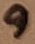
Text: 9